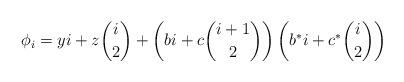
LaTeX: \begin{align*}\phi_i = yi + z\binom{i}{2} + \left(bi+c\binom{i+1}{2}\right)\left(b^*i+c^*\binom{i}{2}\right)\end{align*}